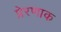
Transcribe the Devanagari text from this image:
प्रेरणाक